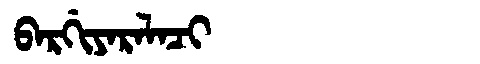
Manchu: ᠪᠠᡵᡤᡳᠶᠠᡵᠠᠯᠠᠴᡳ
Romanization: BARGIYARALACI